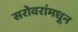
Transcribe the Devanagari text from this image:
सरोवरांमधून